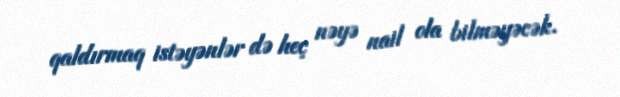
qaldırmaq istəyənlər də heç nəyə nail ola bilməyəcək.